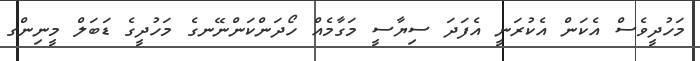
މަހުދީވެސް އެކަން އެކުރަނީ އެފަދަ ސިޔާސީ މަގާމެއް ހޯދަންކަންނޭނގެ މަހުދީގެ ޑަަބަލް މީނިންގ